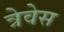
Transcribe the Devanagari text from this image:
त्रेवेस